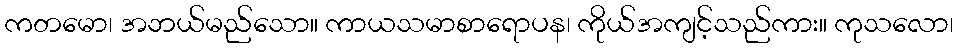
ကတမော၊ အဘယ်မည်သော။ ကာယသမာစာရောပန၊ ကိုယ်အကျင့်သည်ကား။ ကုသလော၊